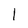
Character: 1